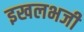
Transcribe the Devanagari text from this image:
इखलभजी